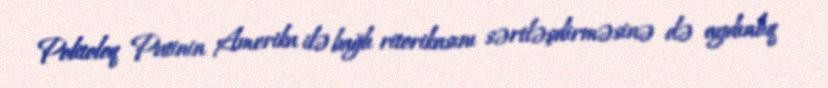
Politoloq Putinin Amerika ilə bağlı ritorikasını sərtləşdirməsinə də aydınlıq